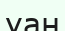
уан